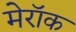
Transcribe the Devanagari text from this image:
मेरॉक